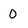
Character: 0